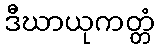
ဒီဃာယုကတ္တံ